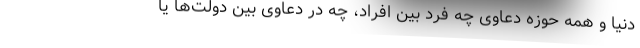
دنیا و همه حوزه دعاوی چه فرد بین افراد، چه در دعاوی بین دولت‌ها یا